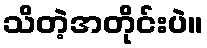
သိတဲ့အတိုင်းပဲ။